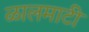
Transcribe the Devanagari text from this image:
ळालमाटी